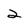
Character: 2